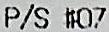
P/S #07